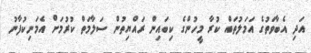
އަދި އެބާވަތުގެ އަމަލުތައް ކުރާ މީހުންގެ ކިބައިން ރައްޔިތުން ސަލާމަތް ކުރުމަށް އެމަނިކުފާނު